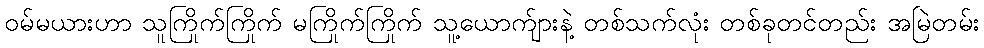
ဝမ်မယားဟာ သူကြိုက်ကြိုက် မကြိုက်ကြိုက် သူ့ယောက်ျားနဲ့ တစ်သက်လုံး တစ်ခုတင်တည်း အမြဲတမ်း